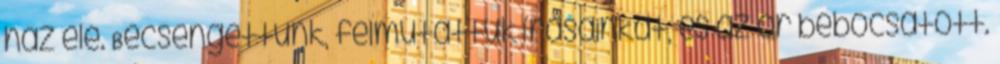
ház elé. Becsengettünk, felmutattuk írásainkat, és az őr bebocsátott.